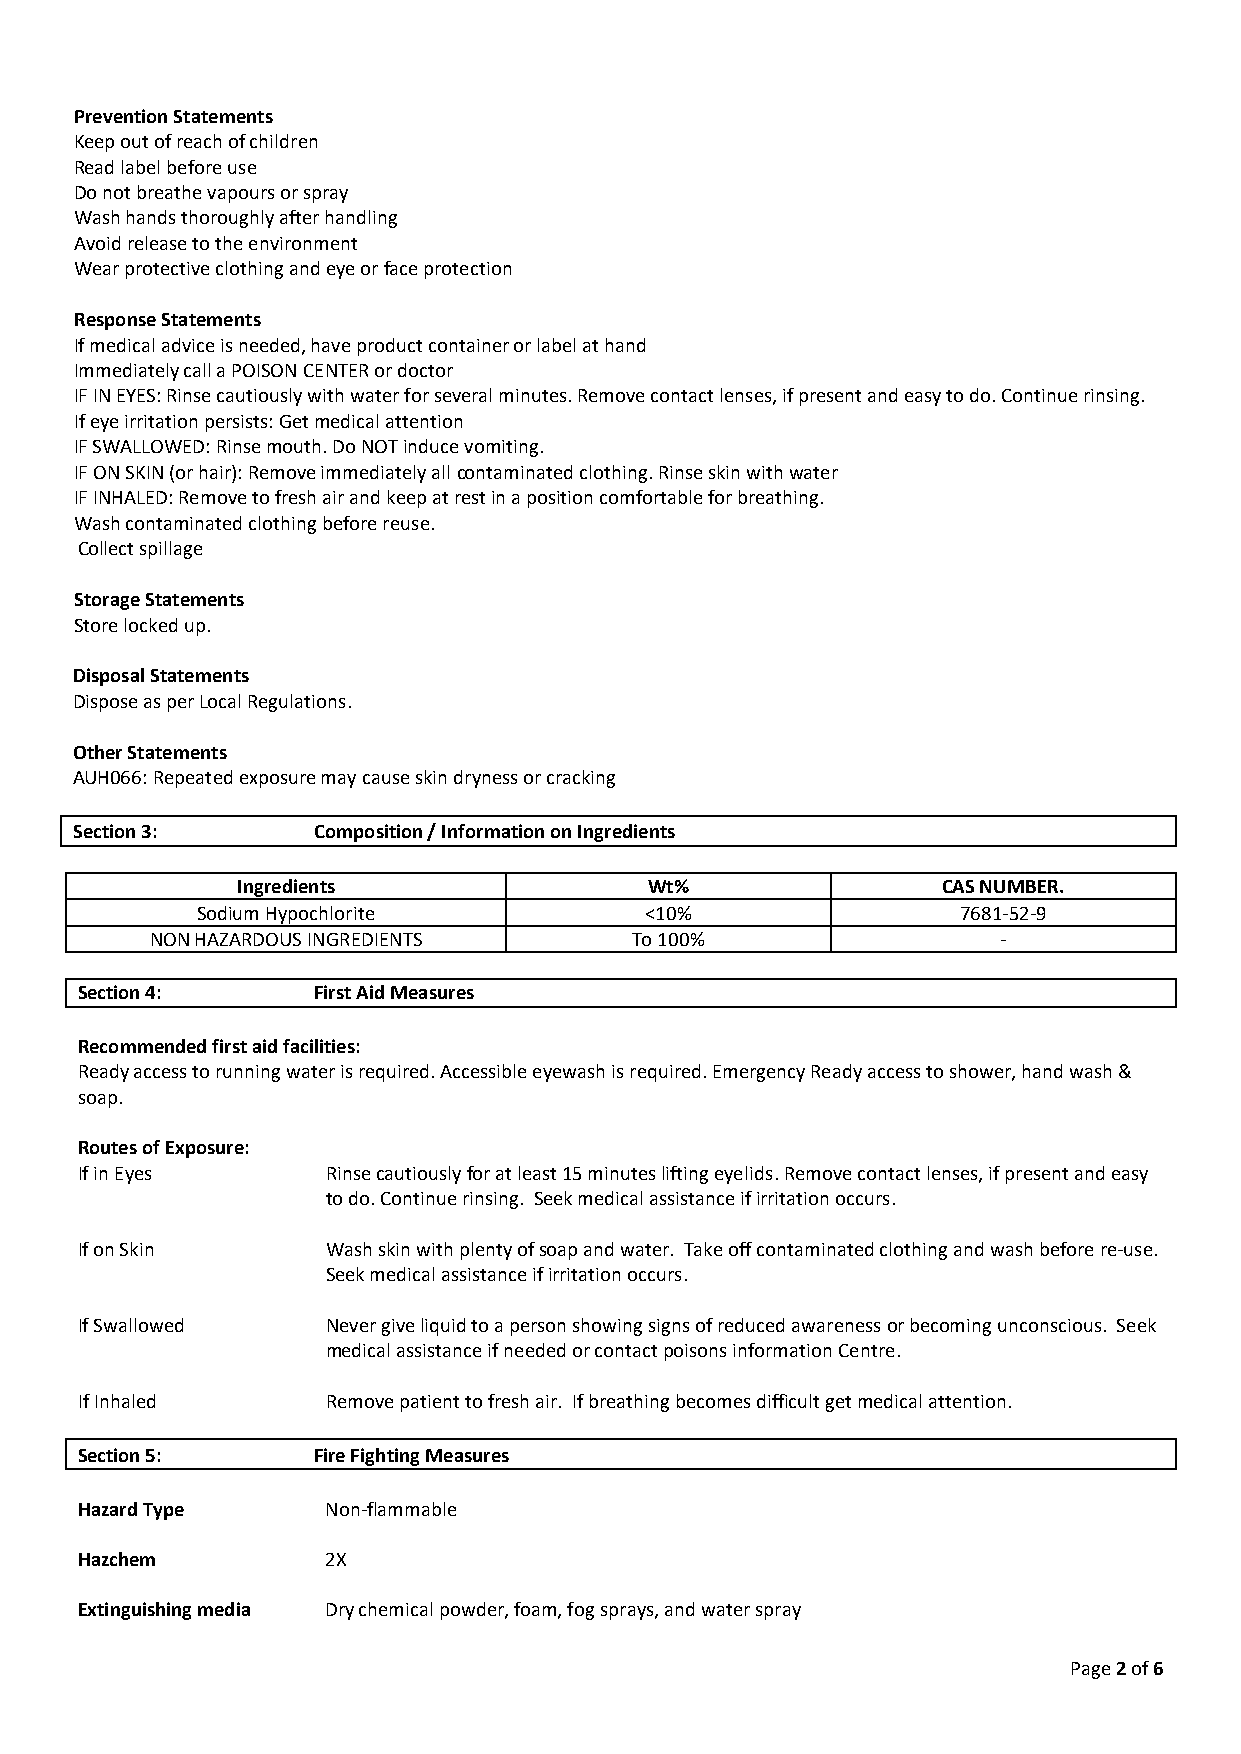
Prevention Statements
 Keep out of reach of children
 Read label before use
 Do not breathe vapours or spray
 Wash hands thoroughly after handling
 Avoid release to the environment
 Wear protective clothing and eye or face protection
 Response Statements
 If medical advice is needed, have product container or label at hand
 Immediately call a POISON CENTER or doctor
 IF IN EYES: Rinse cautiously with water for several minutes. Remove contact lenses, if present and easy to do. Continue rinsing.
 If eye irritation persists: Get medical attention
 IF SWALLOWED: Rinse mouth. Do NOT induce vomiting.
 IF ON SKIN (or hair): Remove immediately all contaminated clothing. Rinse skin with water
 IF INHALED: Remove to fresh air and keep at rest in a position comfortable for breathing.
 Wash contaminated clothing before reuse.
 Collect spillage
 Storage Statements
 Store locked up.
 Disposal Statements
 Dispose as per Local Regulations.
 Other Statements
 AUH066: Repeated exposure may cause skin dryness or cracking
 Section 3:      Composition / Information on Ingredients
 Ingredients                Wt%                CAS NUMBER.
 Sodium Hypochlorite           <10%                 7681-52-9
 NON HAZARDOUS INGREDIENTS       To 100%                 -
 Section 4:      First Aid Measures
 Recommended first aid facilities:
 Ready access to running water is required. Accessible eyewash is required. Emergency Ready access to shower, hand wash &
 soap.
 Routes of Exposure:
 If in Eyes       Rinse cautiously for at least 15 minutes lifting eyelids. Remove contact lenses, if present and easy
 to do. Continue rinsing. Seek medical assistance if irritation occurs.
 If on Skin       Wash skin with plenty of soap and water. Take off contaminated clothing and wash before re-use.
 Seek medical assistance if irritation occurs.
 If Swallowed     Never give liquid to a person showing signs of reduced awareness or becoming unconscious. Seek
 medical assistance if needed or contact poisons information Centre.
 If Inhaled       Remove patient to fresh air. If breathing becomes difficult get medical attention.
 Section 5:      Fire Fighting Measures
 Hazard Type      Non-flammable
 Hazchem          2X
 Extinguishing media Dry chemical powder, foam, fog sprays, and water spray
 Page 2 of 6